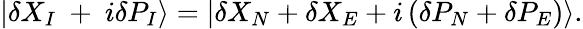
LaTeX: \left|\delta{{X}_{I}}\mathrm{~+~}i\delta{{P}_{I}}\right\rangle=\left|\delta{{X}_{N}}+\delta{{X}_{E}}+i\left(\delta{{P}_{N}}+\delta{{P}_{E}}\right)\right\rangle.